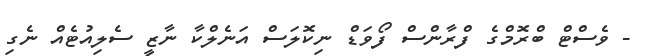
- ވެސްޓް ބްރޮމްގެ ފްރާންސް ފޯވަޑް ނިކޮލަސް އަނެލްކާ ނާޒީ ސެލިއުޓެއް ނެގި